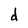
Character: d